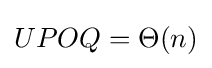
UPOQ=\Theta (n)